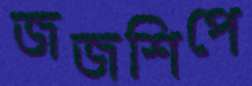
জজশিপে